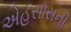
એહસાસની